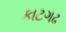
કાટગઢ